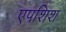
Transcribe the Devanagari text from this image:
एपशिश